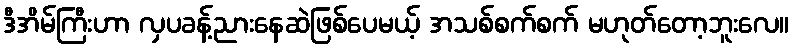
ဒီအိမ်ကြီးဟာ လှပခန့်ညားနေဆဲဖြစ်ပေမယ့် အသစ်စက်စက် မဟုတ်တော့ဘူးလေ။